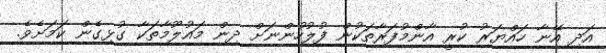
އަދި އޭނާ ހައްޔަރު ކުރީ އާންމުފަރާތަކުން ފުލުހުންނަށް ދިން މައުލޫމާތަކާ ގުޅިގެން ކަމަށެވެ.